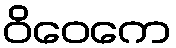
ဝိဝေကေ